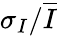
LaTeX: \sigma_{I}/\overline{{I}}